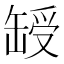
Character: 𦈽